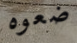
ضعوه